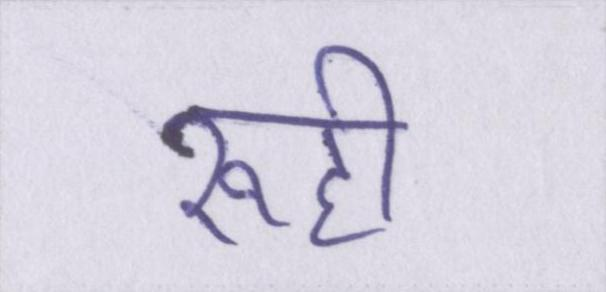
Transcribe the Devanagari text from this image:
रूही